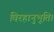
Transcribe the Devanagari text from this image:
विरहानुभूति।